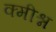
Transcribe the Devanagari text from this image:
क्मीश्न